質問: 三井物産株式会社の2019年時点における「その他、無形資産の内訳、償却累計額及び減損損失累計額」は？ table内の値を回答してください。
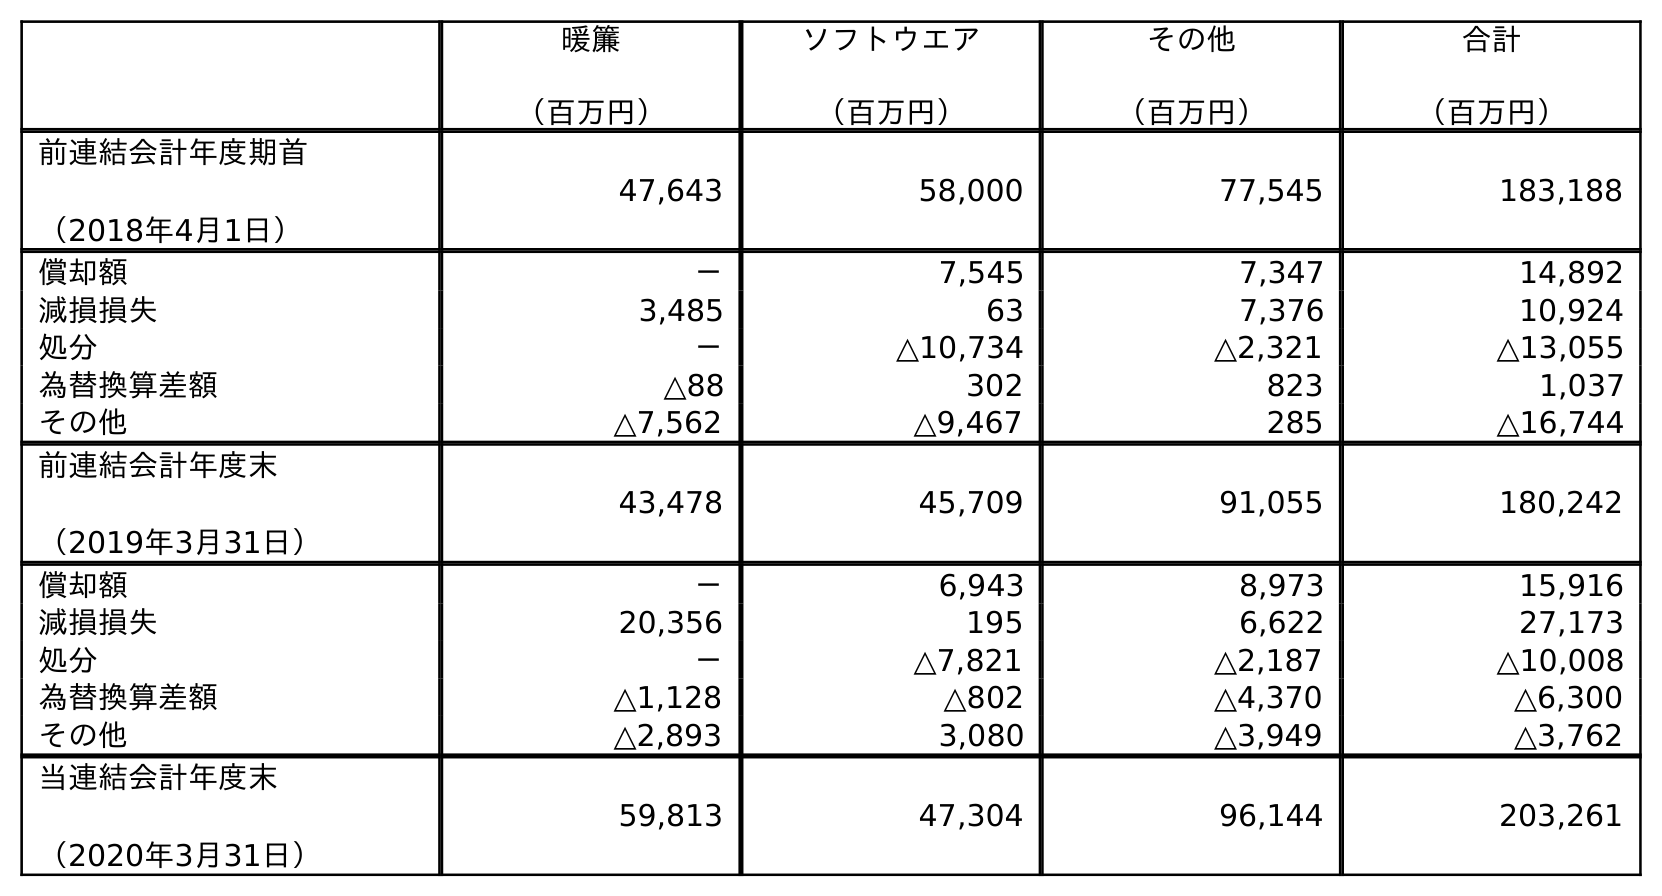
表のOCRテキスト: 暖簾 （百万円） ソフトウエア （百万円） その他 （百万円） 合計 （百万円） 前連結会計年度期首 （2018年4月1日） 47,643 58,000 77,545 183,188 償却額 － 7,545 7,347 14,892 減損損失 3,485 63 7,376 10,924 処分 － △10,734 △2,321 △13,055 為替換算差額 △88 302 823 1,037 その他 △7,562 △9,467 285 △16,744 前連結会計年度末 （2019年3月31日） 43,478 45,709 91,055 180,242 償却額 － 6,943 8,973 15,916 減損損失 20,356 195 6,622 27,173 処分 － △7,821 △2,187 △10,008 為替換算差額 △1,128 △802 △4,370 △6,300 その他 △2,893 3,080 △3,949 △3,762 当連結会計年度末 （2020年3月31日） 59,813 47,304 96,144 203,261
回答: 91,055